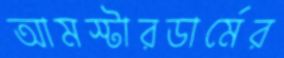
আমস্টারডার্মের